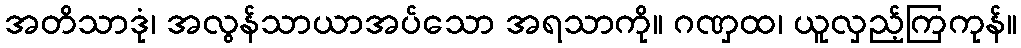
အတိသာဒုံ၊ အလွန်သာယာအပ်သော အရသာကို။ ဂဏှထ၊ ယူလှည့်ကြကုန်။